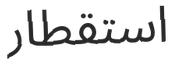
استقطار